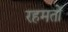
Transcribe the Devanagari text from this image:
रहमतों